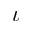
\iota